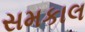
સમકાલ